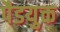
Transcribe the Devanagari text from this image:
पैडयुक्त